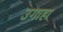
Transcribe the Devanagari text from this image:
उगाहा